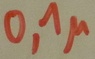
Text: 0,1µ